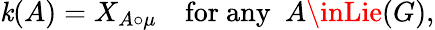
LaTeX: \mathit{k}(A)=X_{A\circ\mu}\quad\mathrm{{for~any~~}}A\inLie(G),